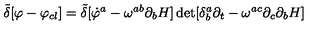
{ \tilde { \delta } } [ \varphi - \varphi _ { c l } ] = { \tilde { \delta } } [ { \dot { \varphi } ^ { a } - \omega ^ { a b } \partial _ { b } H ] \det [ \delta _ { b } ^ { a } \partial _ { t } - \omega ^ { a c } \partial _ { c } \partial _ { b } H } ]